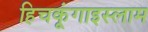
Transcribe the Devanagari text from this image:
हिचकूंगाइस्लाम